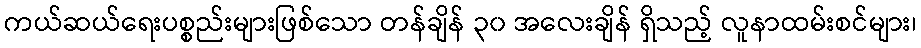
ကယ်ဆယ်ရေးပစ္စည်းများဖြစ်သော တန်ချိန် ၃၀ အလေးချိန် ရှိသည့် လူနာထမ်းစင်များ၊